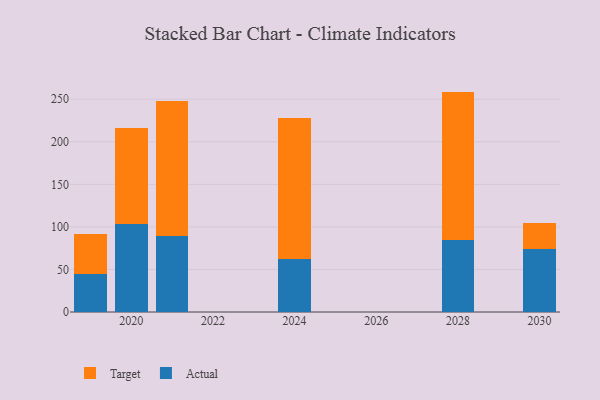
{"axis": {"x": "Year", "y": "LTV (USD)"}, "legend": ["Actual", "Target"], "data": [{"x": "2019", "y": 44.1, "type": "Actual"}, {"x": "2019", "y": 48.1, "type": "Target"}, {"x": "2030", "y": 74.5, "type": "Actual"}, {"x": "2030", "y": 30.6, "type": "Target"}, {"x": "2020", "y": 103.0, "type": "Actual"}, {"x": "2020", "y": 113.3, "type": "Target"}, {"x": "2021", "y": 89.6, "type": "Actual"}, {"x": "2021", "y": 158.3, "type": "Target"}, {"x": "2028", "y": 84.9, "type": "Actual"}, {"x": "2028", "y": 174.1, "type": "Target"}, {"x": "2024", "y": 62.6, "type": "Actual"}, {"x": "2024", "y": 165.7, "type": "Target"}]}